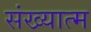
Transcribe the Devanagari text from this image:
संख्यात्म